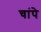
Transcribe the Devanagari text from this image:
चांपे